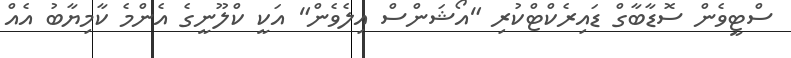
ސްޓީވެން ސޮޑާބާގް ޑައިރެކްޓްކުރި "އޯޝަންސް އިލެވެން" އަކީ ކްލޫނީގެ އެންމެ ކާމިޔާބު އެއް